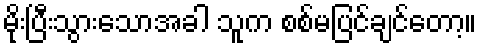
မိုးပြီးသွားသောအခါ သူက စစ်မပြင်ချင်တော့။